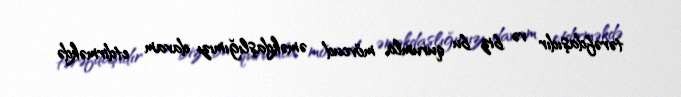
tərəfdaşıdır və biz bu qurumla mövcud əməkdaşlığımızı davam etdirməkdə